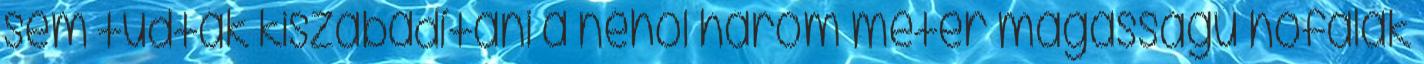
sem tudták kiszabadítani a néhol három méter magasságú hófalak